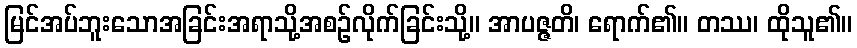
မြင်အပ်ဘူးသောအခြင်းအရာသို့အစဉ်လိုက်ခြင်းသို့။ အာပဇ္ဇတိ၊ ရောက်၏။ တဿ၊ ထိုသူ၏။